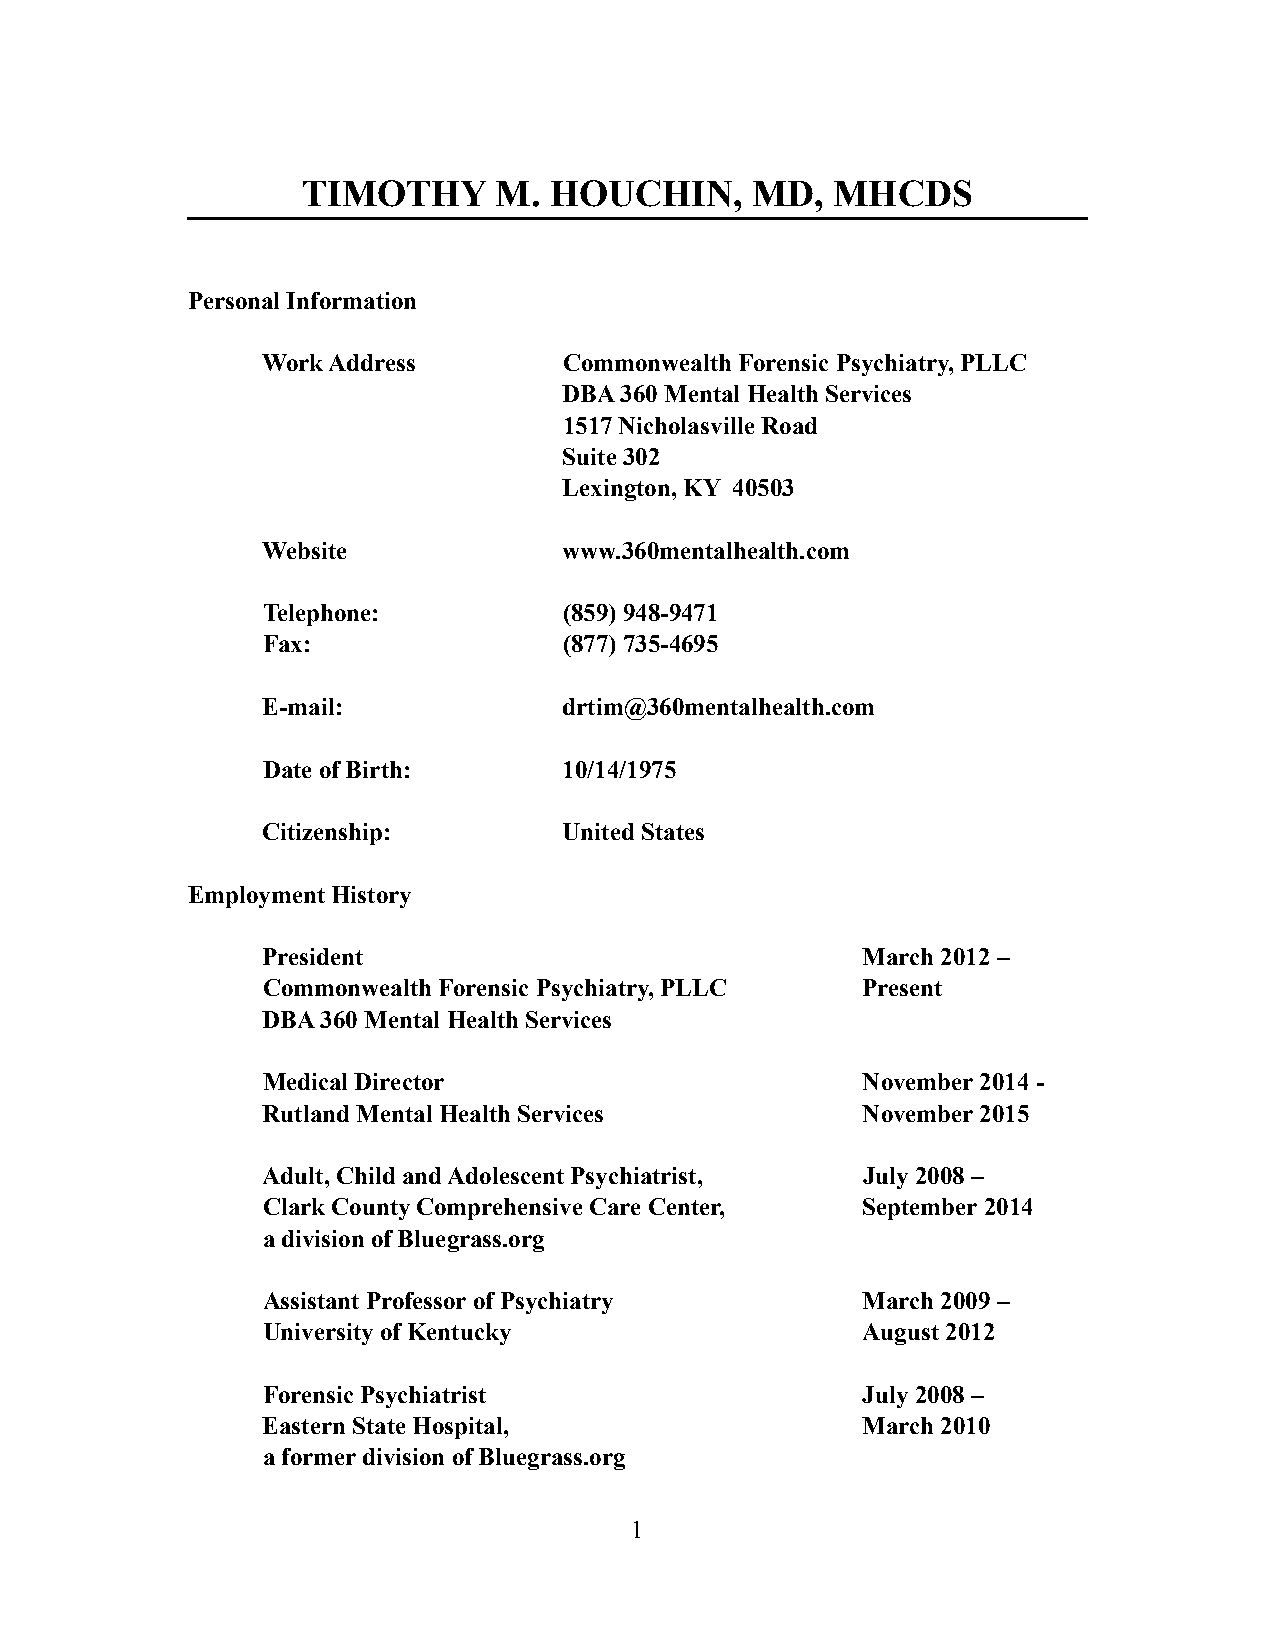
TIMOTHY      M. HOUCHIN,      MD,  MHCDS
 Personal Information
 Work Address        Commonwealth Forensic Psychiatry, PLLC
 DBA 360 Mental Health Services
 1517 Nicholasville Road
 Suite 302
 Lexington, KY 40503
 Website             www.360mentalhealth.com
 Telephone:          (859) 948-9471
 Fax:                (877) 735-4695
 E-mail:             drtim@360mentalhealth.com
 Date of Birth:      10/14/1975
 Citizenship:        United States
 Employment History
 President                               March 2012 –
 Commonwealth Forensic Psychiatry, PLLC  Present
 DBA 360 Mental Health Services
 Medical Director                        November 2014 -
 Rutland Mental Health Services          November 2015
 Adult, Child and Adolescent Psychiatrist, July 2008 –
 Clark County Comprehensive Care Center, September 2014
 a division of Bluegrass.org
 Assistant Professor of Psychiatry       March 2009 –
 University of Kentucky                  August 2012
 Forensic Psychiatrist                   July 2008 –
 Eastern State Hospital,                 March 2010
 a former division of Bluegrass.org
 !1